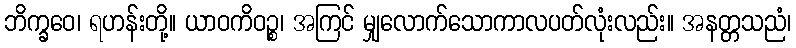
ဘိက္ခဝေ၊ ရဟန်းတို့။ ယာဝကိဝဉ္စ၊ အကြင် မျှလောက်သောကာလပတ်လုံးလည်း။ အနတ္တသညံ၊